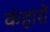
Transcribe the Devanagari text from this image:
कंहारों